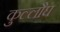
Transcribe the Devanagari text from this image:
कुल्लौघ